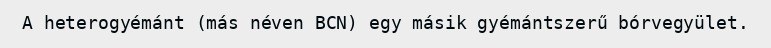
A heterogyémánt (más néven BCN) egy másik gyémántszerű bórvegyület.